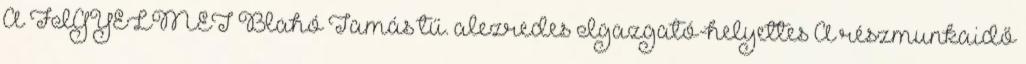
A FIGYELMET Blahó Tamás tű. alezredes Igazgató-helyettes A részmunkaidő